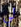
لي